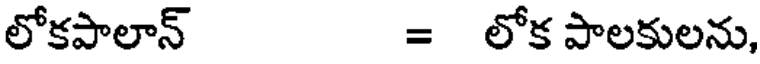
లోకపాలాన్ = లోక పాలకులను,